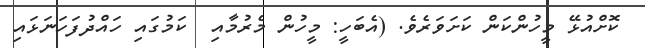
ކޮށްއުޅޭ މީހުންކަން ކަށަވަރެވެ. (އެބަހީ: މީހުން މެރުމާއި  ކަމުގައި ހައްދުފަހަނަޅައި